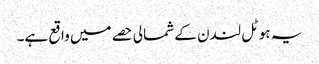
یہ ہوٹل لندن کے شمالی حصے میں واقع ہے۔